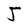
Character: J